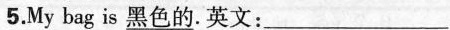
5.My bag is \underline{黑色的}.英文:___